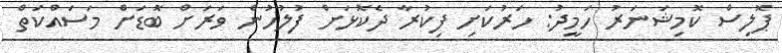
ޕޮލިސް ކޮމިޝަނަރު ހަމީދު: ހަރުކަށި ފިކުރާ ދެކޮޅަށް ފުލުހުން ވަަރަށް ބޮޑަށް މަސައްކަތް